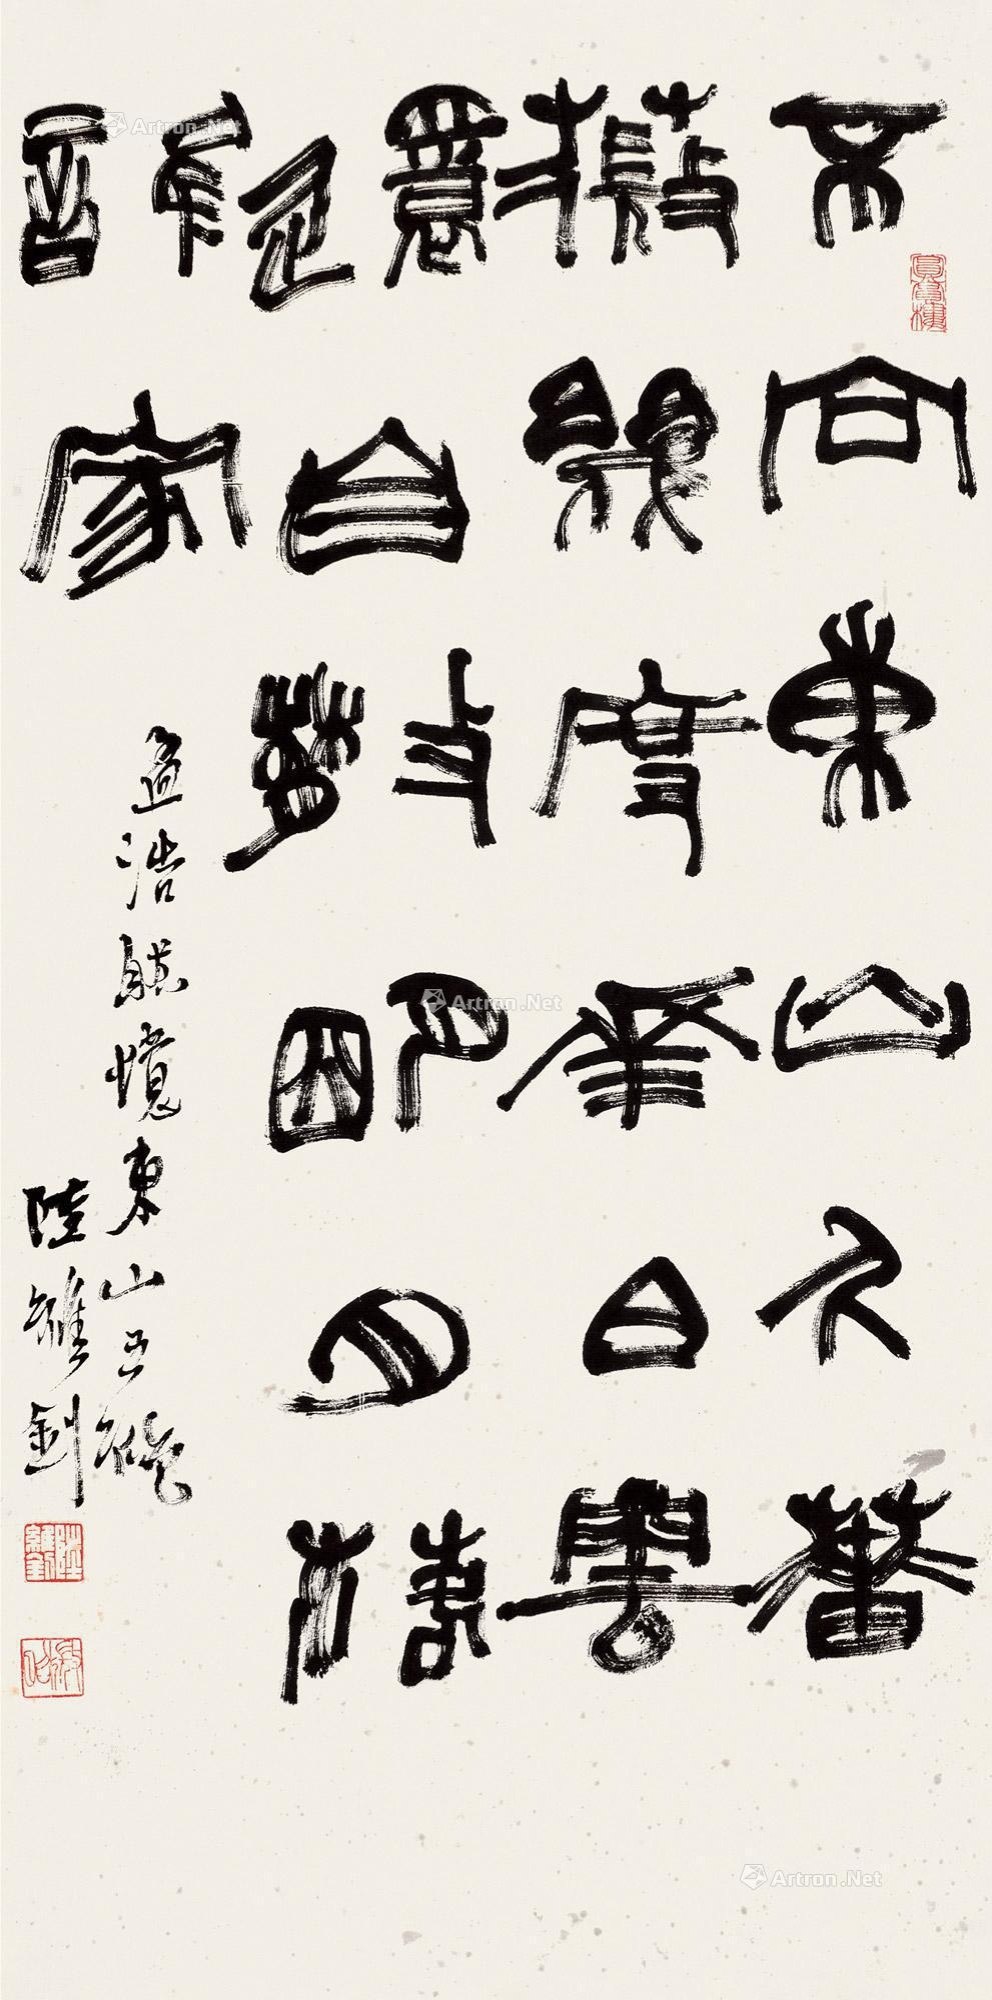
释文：不向东山久，蔷薇几度花。白云还自散，明月落谁家。孟浩然忆东山五绝。陆维钊。